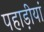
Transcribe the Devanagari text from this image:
पहाड़ीयां